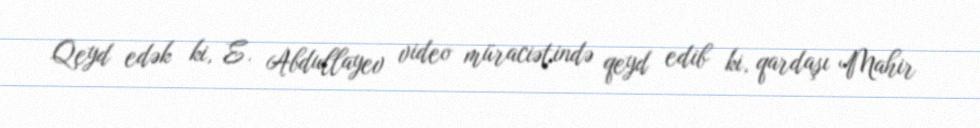
Qeyd edək ki, E. Abdullayev video müraciətində qeyd edib ki, qardaşı Mahir